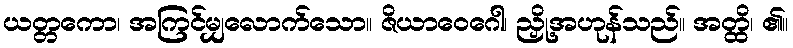
ယတ္တကော၊ အကြင်မျှလောက်သော။ ဇိယာဝေဂေါ၊ ညှို့အဟုန်သည်။ အတ္ထိ၊ ၏။